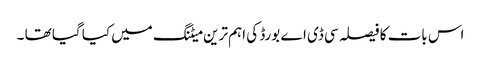
اس بات کا فیصلہ سی ڈی اے بورڈ کی اہم ترین میٹنگ میں کیا گیا تھا ۔